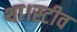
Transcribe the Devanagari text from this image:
था।स्टीव